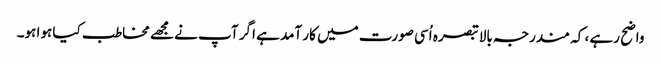
واضح رہے ، کہ مندرجہ بالا تبصرہ اُسی صورت میں کار آمد ہے اگر آپ نے مجھے مخاطب کیا ہوا ہو۔